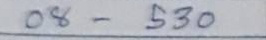
08 - 530